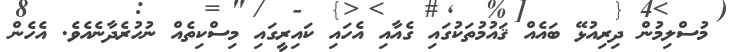
މުސްލިމުން ދިރިއުޅޭ ބައެއް ޤައުމުތަކުގައި ގެއާއި އެހައި ކައިރީގައި މިސްކިތެއް ނުހުރެދާނެއެވެ. އެހެން